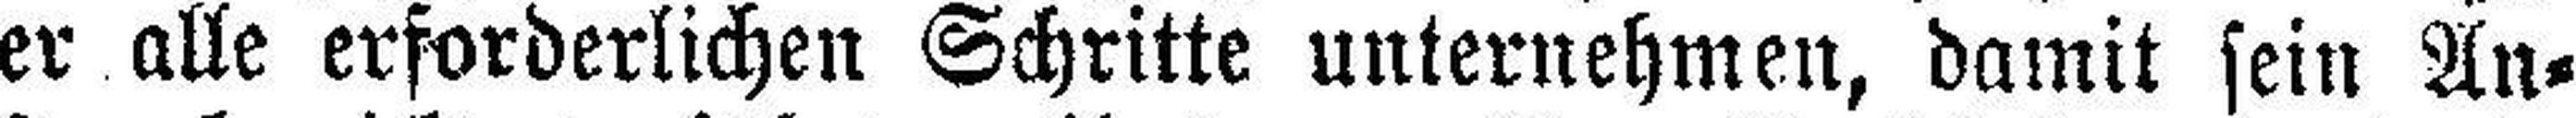
er alle erforderlichen Schritte unternehmen, damit sein An¬